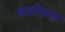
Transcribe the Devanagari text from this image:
कालेजज़